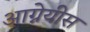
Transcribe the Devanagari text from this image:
आग्नेयीस